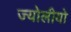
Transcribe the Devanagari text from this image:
ज्योलीयो